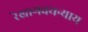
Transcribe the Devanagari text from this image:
रेखागवयन्याय